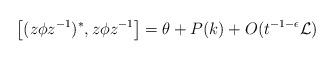
LaTeX: \begin{align*}\left[(z\phi z^{-1})^*,z\phi z^{-1}\right]=\theta+P(k)+O(t^{-1-\epsilon}\mathcal L)\end{align*}